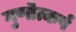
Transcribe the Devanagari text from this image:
गुणोत्कर्ष